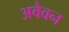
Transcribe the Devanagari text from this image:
अवैवन